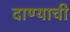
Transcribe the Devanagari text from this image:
दाण्याची